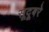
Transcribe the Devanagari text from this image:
सूदूबरे